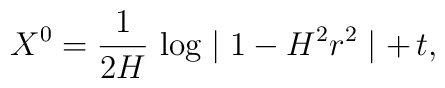
X^0=\frac{1}{2H}\,\log\mid 1-H^2r^2\mid + \, t,